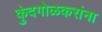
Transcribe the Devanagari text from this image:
कुंदगोळकरांना